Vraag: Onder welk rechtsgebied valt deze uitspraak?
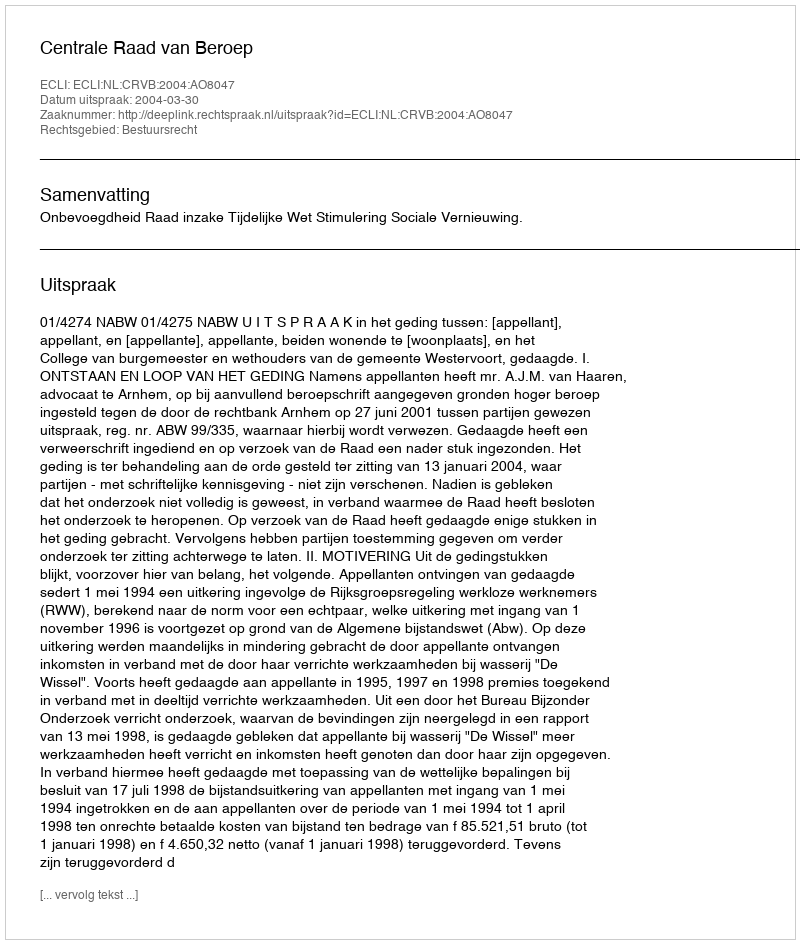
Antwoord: Bestuursrecht